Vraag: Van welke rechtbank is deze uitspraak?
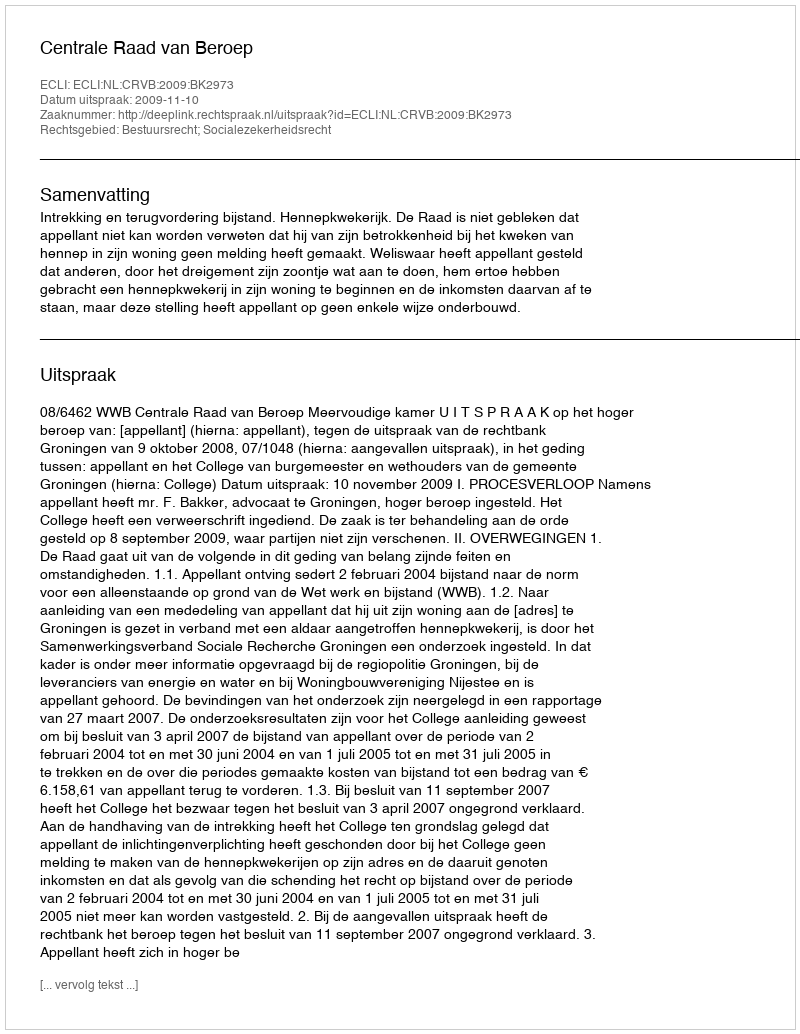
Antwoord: Centrale Raad van Beroep